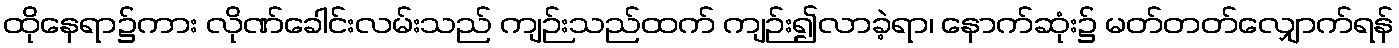
ထိုနေရာ၌ကား လိုဏ်ခေါင်းလမ်းသည် ကျဉ်းသည်ထက် ကျဉ်း၍လာခဲ့ရာ၊ နောက်ဆုံး၌ မတ်တတ်လျှောက်ရန်